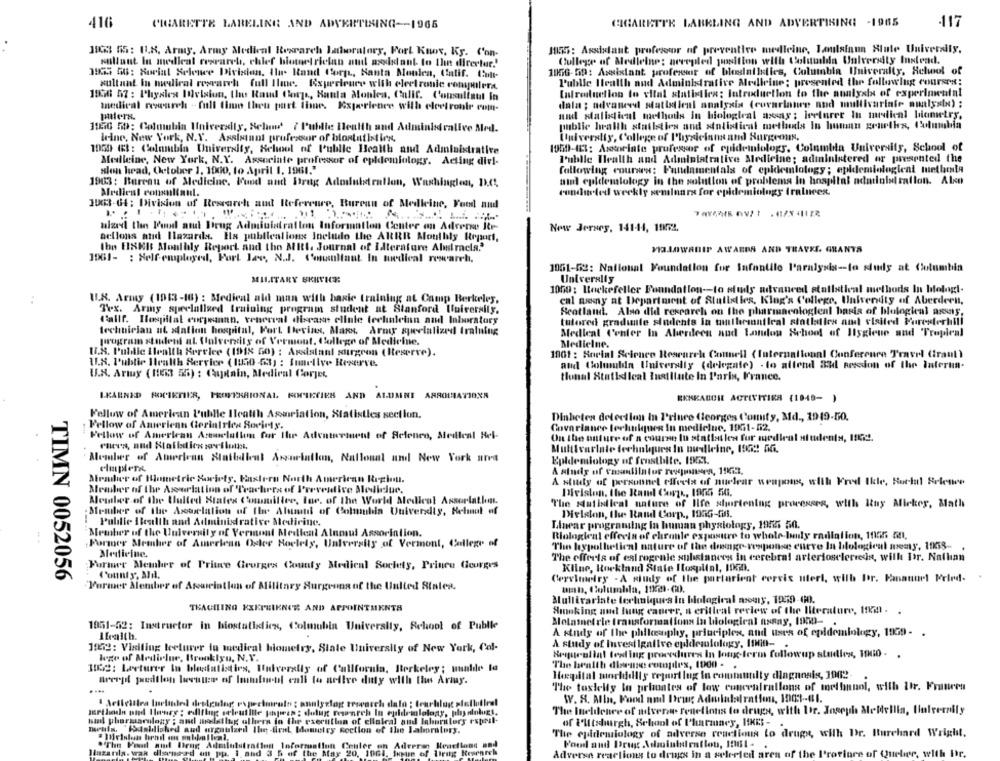
416
CIGARETTE LABELING AND ADVERTISING -1965
.117
CIGARETTE LABELING AND ADVERTISING -- 1966
380 65: [1.8. Army, Army Medical Research laboratory, Fort Knox, Ky. C'on-
JI55: Assistant professor of preventive medicine, Louisiana Xlute University,
College of Medicine: accepled position with Columbia University Instead.
wallant In medical research, chief biometrichan au axxisdant to Ihn ditertur.'
1953 56: Social Science Division, Il Rand Corp, Santa Monica, Calif. Cut-
1056-69: Assistant professor of blueslalities, Columbia University, Schwel of
Public Health and Administrative Medicine: presented the following courses:
sultant in medical research full Ilane. Experience with electronic computers
1956 57 : Physics INvision, the Raud Corp ., Baula Moulea, Calif. Consultaut in
Infreuetion to vital statistics; Introduction to the analysis of experimental
medical research - full than theu part time. Experience with electrobir com-
dala ; advanced statistical analysis (covariance and multivariate analysis) ;
and statistical methods in biological assay; lecturet In medical biometry,
plers.
1150 59: Columbia University, Selond' / Public Health and Admin
hidralive Med.
public health statistics and statistical methods In human courths, Columbia
leine, New York, N.Y. Assistant professor of blostatistien.
University, College of Physicians and Surgeons,
1000 63: Columbia University, School of Public Health and Administrative
1959-421: Associate professor of epidemiology, Columbia University, School of
Melleine, New York, N.Y. Associate professor of epidemiology. Acting divl-
Public Health and Administrative Medicine: administered or presented the
slon head, October 1, 1000, to April 1, 1961."
following courses: Fundamentals of epidemiology; epidemiologieni hurtheta
1963: Bureau of Medicine. Food and Drug Adoilu
aint epidemiology in the solution of problems In hospital ndatinisi rallon. Aleco
It ration, Washington, 1.61.
conducted weekly seminars for epidemiology Iraluces.
Aledient consultant.
JUc3-64; Division of Research and Referem
Bureau of Medleine, Food nad
hlad the Food and Drug Administration Information Center on Adrene Re-
New Jersey, 141-44, 19572.
actions and Hazards. Ils publications Include the ARRR Moulbly Report,
the EISER Mouldily Report and tho MRI. Journal of idterature Abstracts?"
VIAJOWanIT AWARDS AND TRAVES. GRANTS
1001- : Self-employed, Fort Jas, N.J. Consultaut. In muedical research,
1051-52: National Foundation for Infantile l'aralysis -- to study at Columbia
MILITARY SKITHE:
Univerally
1000: Rockefeller Foundation -- to study advanced statistical methods In biologi.
U.S. Army (1913-16) : Medical ald man with basic training at Camp Berkeley,
cal anny at Department of Stulbodies, King's College, University of Aberdeen,
Tex. Army specialized training program student at Stanford University,
Scotland. Also did research on the pharmacologieal basis of blological arms,
Callf. Hosillat corteunnn, venecval diseases elinle technleinn and laboratory
tutored graduate students in mulhersantiral statistics and visited Foresterbili
technician ut station hospital, Fort. Devins, Mars. Army specialized training
Medleat Center In Aberdeen and London School of Hygiene and Tropical
program student at Ululvensity of Vermont, College of Medicine.
Medicine.
U.S. Public Health Service (1918 G0) : Assistant surgeon (Reserve).
1001 : Social Science Research Connell (International Conference Travel (raul)
1.8. l'ublir Health Service (lui0 -63) : Smellve Reserve.
and Colmubin Universlly (delegate) - to attend all session of the laterua-
U.N. Ariny (1163 ) : Captain, Medical Corjes
tional Statidleal Institute In Paris, France.
LEARNED ROCIETIER, PROFESSIONAL KOPIETIES AND ALUMNI ARROLATIONS
EKAKARCIE ACTIVITIRA (1049- )
Fellow of American l'ubille Icatth Asarriation, Statistles section.
Diabetes detection in P'riure Georges County, Md ., 1919-50.
Fellow of Anwerienn Cerintrlea Society.
Covariance techniques In medleluc. 1961-52.
Fellow of American Arenelutlum for Ihr Adenturment of Science, Medleal Rel-
On the unture of a course lu stallaties fur medical students, I !!!.
..
Member of American Statbdbeat Association, Nallonat and New York und
Epidemiology of frostbite. IDEL.
A mindy of vasodilator revejousern, 1973.
Mirmber of Hometric Society, Eastern North American Region.
A study of personnel effects of nuclear weapons, with Fred Ikle. Ruchal Srlemwee
Member of the Aseriation of Teachers of Preventive Mediclue.
Division, the Rand CAwth, 1905 54.
Member of the Uulled States Commuiller, lor. of the World Medical Assorlathm.
Member of the Astrelation of The Alumtil of Columbia Quivendty, Reliant af
The Matidical nature of life shortening processes, with Itny Mickey, Math
Dielalon, the Rand Corp ., 1935-fi6.
Public Ihealth and Administrative Medicine.
Linear programing in human physiology, 1955 50.
Member of the University of Vermont Medical Alnmui Assorintion.
Biologieat effects of chronle exposure to whole-body radiation, 1055 an,
Former Member of American Orter Hoelely, University of Vermont, College of
The hypothetical nature of the drenge-response curve la blological meaty, 1058 -.
Medicine,
The effects of estrogenic substances in cerebral arterioselerieds, with Itr. Nathan
Former Member of Prince Georges County Medical Society, Prince Gourges
Kilne, Rockland State Hospital, 1000.
TIMN 0052056
County", Alil.
Cervimetry - A niudy of the partarient corvis uteri, wilh Por. Kanannet Mrled-
Former Member of Atowciation of Military Surgeons of the United States.
man, Columbia, 1922- CO.
Mullirariste terliniques In biological meny, 1959-00.
TEACHING KXKPSIKNEE AND APPOINTMENTS
Smoking aud lung cancer, a critical review of the literature, In. .
Molametrie transformations In biological assay, fono- .
1051-52: Instructor in biostatbedien, Columbia University, School of Publie
A kinds of the philosophy, principles, and uses of epidemiology, 1939- .
laith.
1952: Visiting keelurer fu medical biometry, State University of New York, Cal-
A study of Investigative cudddesolology, 1000-
Seguralint texting procedures In long-term followup studlex, 1000. .
lege of Medicine, Brooklyn, N.V.
1032: Lecturer In bledatistirs, Huiverally of California, Berkeley; mualde la
The health disease comogdes, 1000 - .
Hopital moriddity report lug in community diagnosis, 1002-
Brrrgf pedtlen levutter of Imminent call to active duty with Iiw Armuy.
"The taslelly la primates of low concentrations of methanol, with Itr. Franers
.
W. S. Alln, Food and Drug Adulallration, 1003 -- 61.
serthodn ond Henry : editing seloutille pinpires : dulug pesanteh In epidemiology, ph alohurt,
The Ineldeure of avere Senellonss to drugs, with Dr. Joseph Medellin, Univerzity
bad phorgarnlogy ; and modeling ullern fo the execution of cllalcal and laboratory esprit-
of i'lltsduergh, School of Pharmacy, HKES
meuis, "ISdahiliched and argoulzedl The deal bometry section of the Laboratory.
The epidemiology of adverse reactions to drugs, with Dr. Burchard Wright,
.The Food and Drug Administration Information Center on Adeeren Reactions and
Food and Drug Administration, 1001 -
linzarıla. was disensad on pp. i and 3 5 of the May 20, 1064. Jegun of Uirng Research
Adverse reactions to drugs in a selected area of the Province of Quebec, with Dr.
a of the Province of Quebec, with Dr.